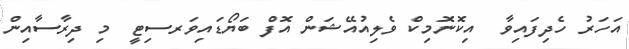
އަހަރު ހެދިފައިވާ  އިކޮނޮމިކް ވެލިއުއޭޝަން އޮފް ބަޔޯޑައިވަރސިޓީ  މި ދިރާސާއިން